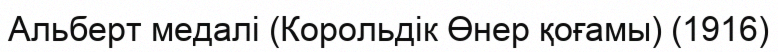
Альберт медалі (Корольдік Өнер қоғамы) (1916)